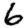
Digit: 6